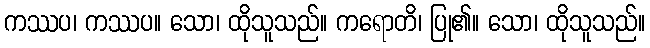
ကဿပ၊ ကဿပ။ သော၊ ထိုသူသည်။ ကရောတိ၊ ပြု၏။ သော၊ ထိုသူသည်။